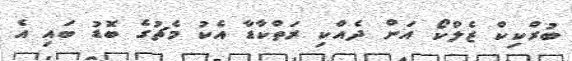
ބުރްކިކް ޒެލްކޯ އަށް ދެއްކި ރަތްކާޑާ އެކު މެޗުގެ ބޮޑު ބައި އެ